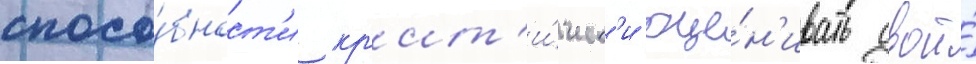
спосо́бност'и кр'ит'и́ческ'и оце́н'ивать свои́